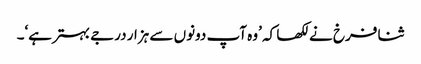
ثنا فرخ نے لکھا کہ ’وہ آپ دونوں سے ہزار درجے بہترہے‘۔